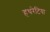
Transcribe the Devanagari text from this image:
हथरेटिया